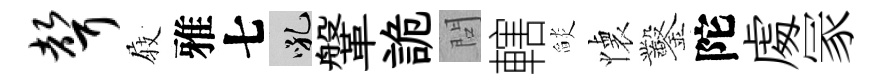
声𡲆雅七吼鞶詭問轄𦦨懐鑿陀䖏冡